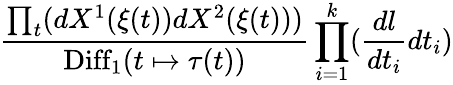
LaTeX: {\frac{\prod_{t}(dX^{1}(\xi(t))dX^{2}(\xi(t)))}{\mathrm{Diff}_{1}(t\mapsto\tau(t))}}\prod_{i=1}^{k}({\frac{dl}{dt_{i}}}dt_{i})